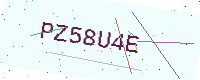
Text: PZ58U4E